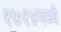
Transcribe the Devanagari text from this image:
१७१४मध्ये